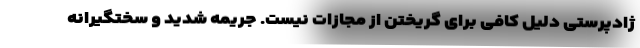
ژادپرستی دلیل کافی برای گریختن از مجازات نیست. جریمه شدید و سختگیرانه